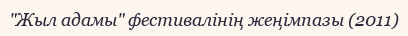
"Жыл адамы" фестивалінің жеңімпазы (2011)